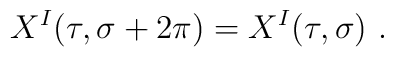
X^I (\tau, \sigma+2 \pi) = X^I (\tau, \sigma)~.